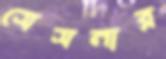
সেসনার